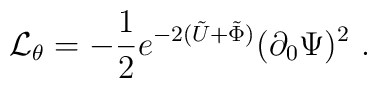
{\cal{L}}_{\theta} = -{1 \over 2}e^{-2(\tilde{U}+\tilde{\Phi})} (\partial_0 \Psi)^2 \ .